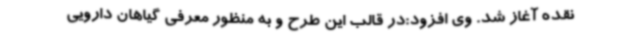
نقده آغاز شد. وی افزود:در قالب این طرح و به منظور معرفی گیاهان دارویی